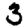
Digit: 3